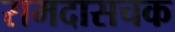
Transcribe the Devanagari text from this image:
रामदासचक